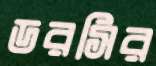
ডরসির